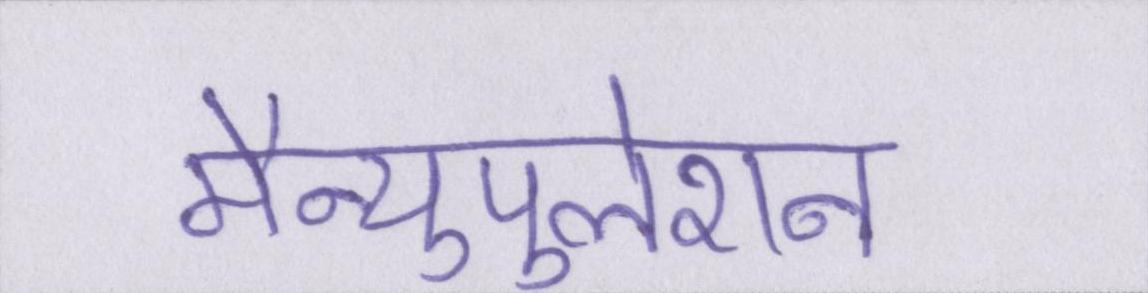
मैन्युपुलेशन